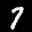
Label: 7